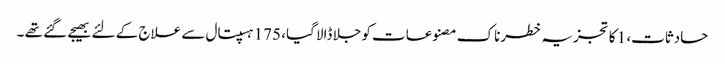
حادثات، 1 کا تجزیہ خطرناک مصنوعات کو جلا ڈالا گیا، 175 ہسپتال سے علاج کے لئے بھیجے گئے تھے ۔